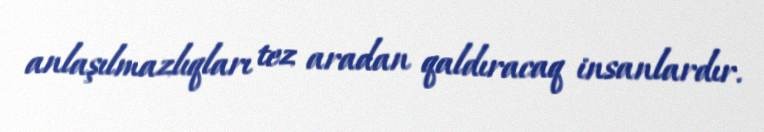
anlaşılmazlıqları tez aradan qaldıracaq insanlardır.